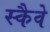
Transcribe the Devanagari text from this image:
स्कैवे